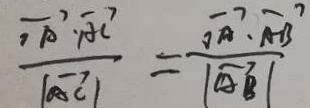
\frac { \overrightarrow { o A } \cdot \overrightarrow { A C } ^ { 2 } } { \vert \overrightarrow { A C } \vert } = \frac { \overrightarrow { o A } \cdot \overrightarrow { A B } } { \vert \overrightarrow { A B } \vert }